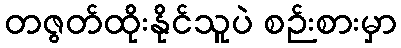
တဇွတ်ထိုးနိုင်သူပဲ စဉ်းစားမှာ